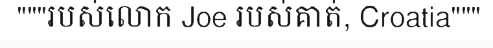
"""របស់លោក Joe របស់គាត់, Croatia"""